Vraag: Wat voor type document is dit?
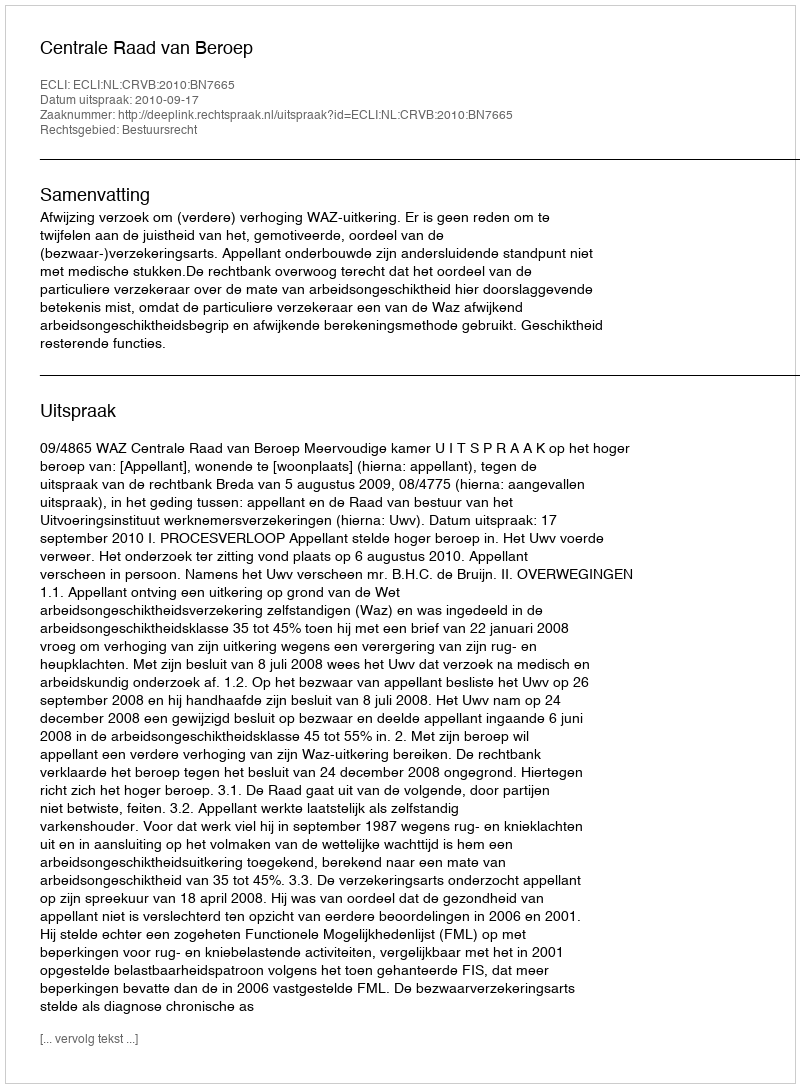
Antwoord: Uitspraak